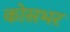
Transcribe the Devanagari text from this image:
कोसभर